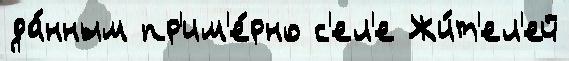
да́нным пр'им'е́рно с'ел'е Жи́т'ел'ей